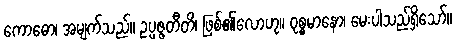
ကောဓော၊ အမျက်သည်။ ဥပ္ပဇ္ဇတီတိ၊ ဖြစ်၏လောဟု။ ဝုစ္စမာနော၊ မေးပါသည်ရှိသော်။